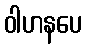
ဝါဟနပေ